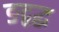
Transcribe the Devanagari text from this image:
ङद्वद्ध